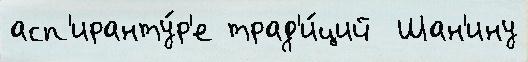
асп'иранту́р'е трад'и́ций  Шан'ину